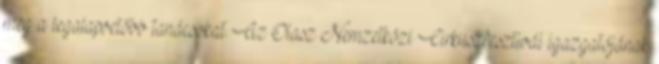
meg a legalapvetőbb tanácsokat. Az Olasz Nemzetközi Cirkuszfesztivál igazgatójának